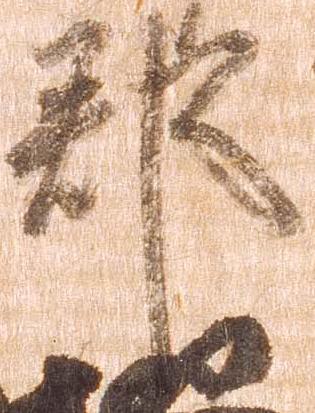
郡